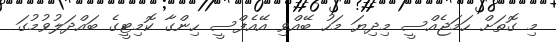
މި ގޮތަށް ހަމަޖެއްސީ މިދިޔަ މަހު ބޭއްވި އޭއެފްސީ ހިންގާ ކޮމިޓީގެ ބައްދަލުވުމުގަ